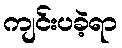
ကျင်းပခဲ့ရာ